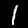
Label: 1